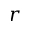
r